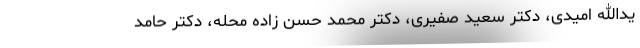
یدالله امیدی، دکتر سعید صفیری، دکتر محمد حسن زاده محله، دکتر حامد